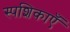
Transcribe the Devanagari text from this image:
स्पशिकाएँ